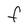
Character: F